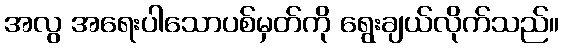
အလွ အရေးပါသောပစ်မှတ်ကို ရွေးချယ်လိုက်သည်။